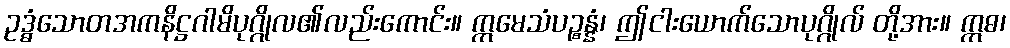
ဥဒ္ဓံသောတအကနိဋ္ဌဂါမိပုဂ္ဂိုလ၏လည်းကောင်း။ ဣမေသံပဉ္စန္နံ၊ ဤငါးယောက်သောပုဂ္ဂိုလ် တို့အား။ ဣဓ၊